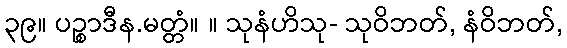
၃၉။ ပဉ္စာဒီန.မတ္တံ။ ။ သုနံဟိသု- သုဝိဘတ်, နံဝိဘတ်,